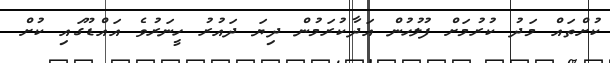
ކުށްތައް މަދު ކުރުމަށް ފުލުހުން އަދާކުރަމުން ދިޔަ ދައުރު ހީނަރުވެ އައްޑޫގައި ކުށް